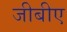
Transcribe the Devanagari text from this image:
जीबीए